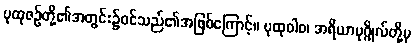
ပုထုဇဉ်တို့၏အတွင်း၌ဝင်သည်၏အဖြစ်ကြောင့်။ ပုထုဝါဝ၊ အရိယာပုဂ္ဂိုလ်တို့မှ